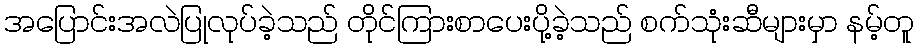
အပြောင်းအလဲပြုလုပ်ခဲ့သည် တိုင်ကြားစာပေးပို့ခဲ့သည် စက်သုံးဆီများမှာ နမ့်တူ